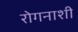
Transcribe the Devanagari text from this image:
रोगनाशी